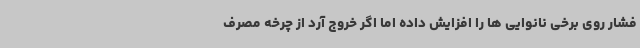
فشار روی برخی نانوایی ها را افزایش داده اما اگر خروج آرد از چرخه مصرف